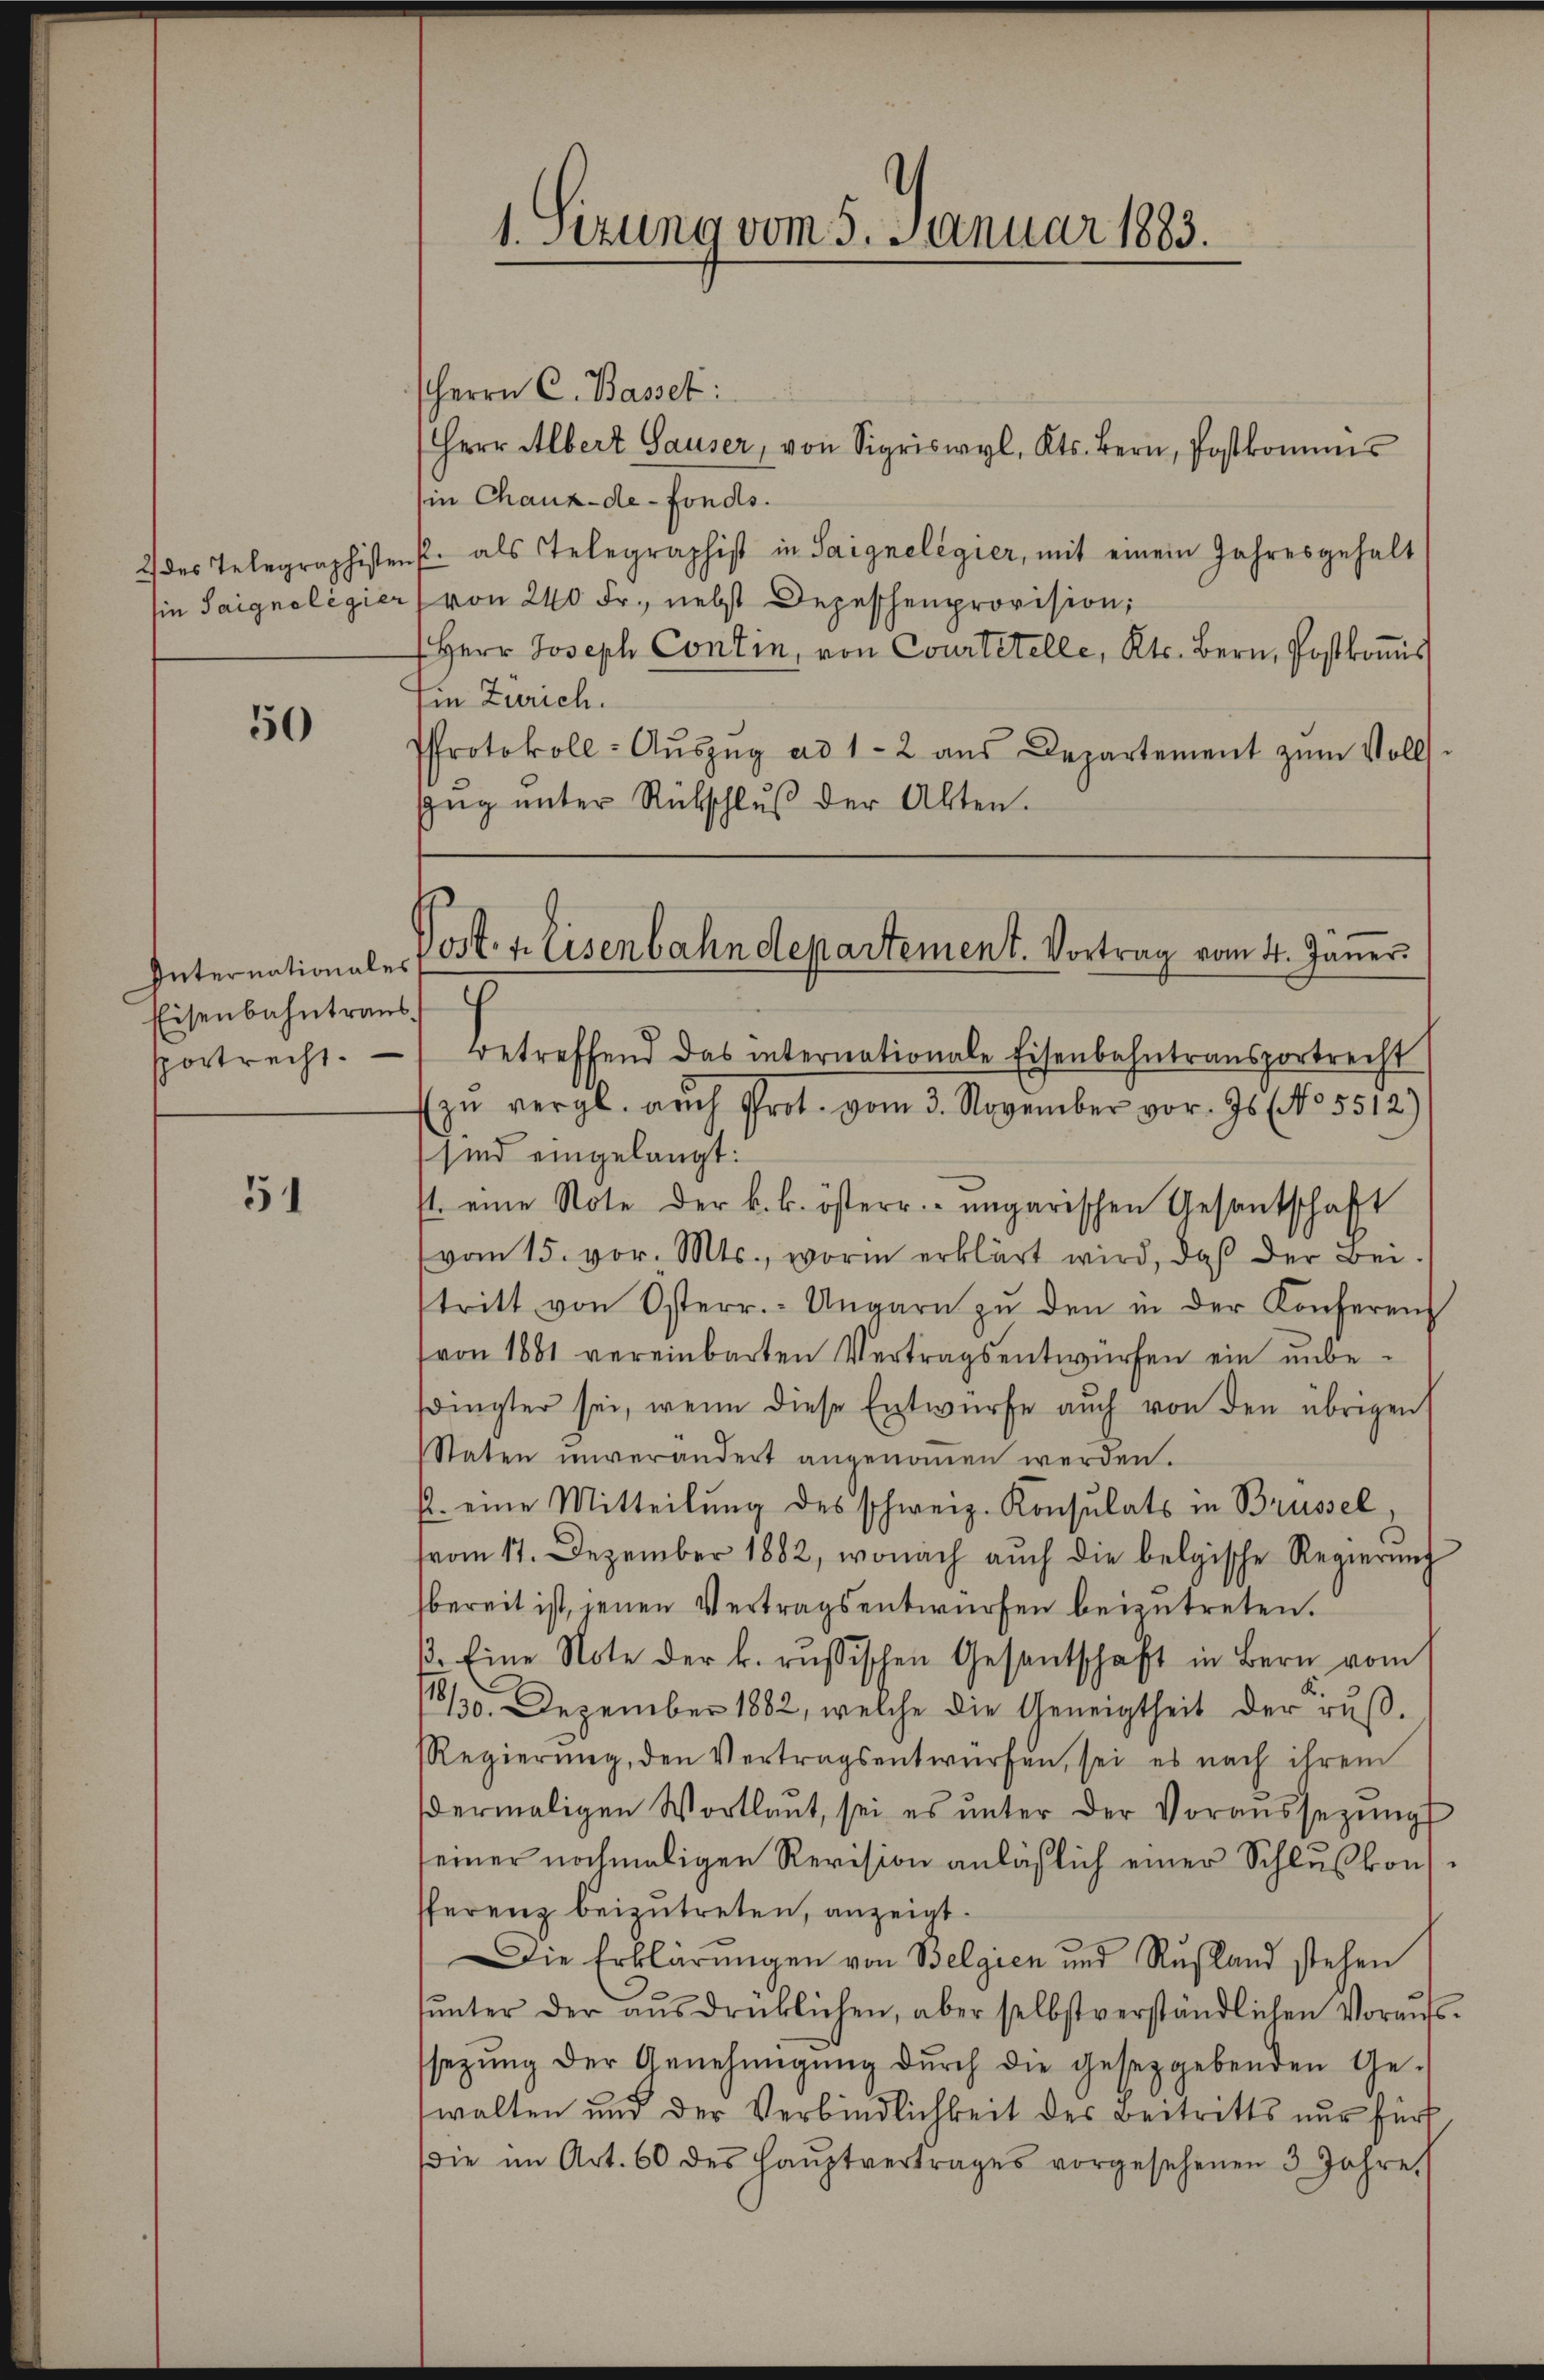
50

Internationales
Eisenbahntraus
pportrecht.

51

Herrn C. Basser:
Herr Albert Sauser, von Sigriswyl, Kts. Bern, Postkommnis
in Chaux-de-Fonds.
2 des Telegraphistenst als Telegraphist in Saignelegier, mit einem Jahresgehalt
ie Saignoligier von 240 Fr., nebst Depeschenprovision,
Herr Joseph Contin, von Courtitelle, Kts. Bern, Postkoṁis
Ein Zürich.
PProtokoll- Aŭszŭg ad 1-2 aŭs Departement zŭm Voll-
Zŭg ŭnter Rückschlŭβ der Alten.

1. Setzung vom 5. Januar 1883.

Port. 4. Eisenbahndepartement. Vortrag vom 4. Janer

betreffend das internationale Eisenbahntransportrecht
Ein vergl. auch Prot. vom 3. November vor. Js. No. 5512)
sind eingelangt.
st. eine Note der k. k. österr. ungarischen Gesantschaft
vom 15. vor. Mts., worin erklärt wird, daß der Bei-
tritt von Österr. Ungarn zŭ den in der Konferen
von 1881 vereinbarten Vertragsentwürfen ein unbe
sdingter sei, wenn diese Entwürfe auch von den übrigen
Staten unverändert angenommen werden.
p. eine Mitteilŭng des schweiz. Konsulats in Brüssel
vom 17. Dezember 1882, wonach auch die belgische Regierung
bereit ist, jenen Vertragsentwürfen beizutreten.
13. Eine Note der k. russischen Gesantschaft in Bern vom
//30. Dezember 1882, welche die Geneigtheit der rus¬
RRegierŭng, den Vertragsentwürfen, sei es nach ihrem
dermaligen Wortlaut, sei es ŭnter der Voraussetzŭngs
einer nochmaligen Revision anläßlich einer Schlußkons
fferenz beizutreten, anzeigt.
Die Erklärungen von Belgien und Rußland stehen
ŭnter der aŭsdrücklichen, aber selbstverständlichen Voraufs-
sezŭng der Genehmigŭng dŭrch die gesetzgebenden Ge-
walten und der Verbindlichkeit des Beitritts nur für
(die im Art. 60 des Haŭptvertrages vorgesehenen 3 Jahre